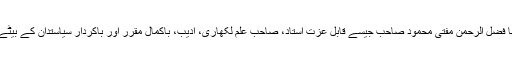
مولانا فضل الرحمٰن مفتی محمود صاحب جیسے قابلِ عزت استاد، صاحبِ علم لکھاری، ادیب، باکمال مقرر اور باکردار سیاستدان کے بیٹے ہیں۔